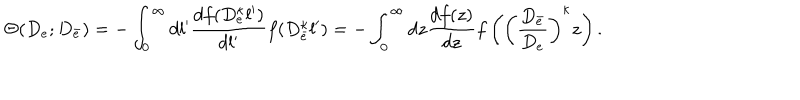
\Theta ( D _ { e } ; D _ { \bar { e } } ) = - \int _ { 0 } ^ { \infty } d l ^ { \prime } \frac { d f ( D _ { e } ^ { \kappa } l ^ { \prime } ) } { d l ^ { \prime } } f ( D _ { \bar { e } } ^ { \kappa } l ^ { \prime } ) = - \int _ { 0 } ^ { \infty } d z \frac { d f ( z ) } { d z } f \left( \left( \frac { D _ { \bar { e } } } { D _ { e } } \right) ^ { \kappa } z \right) .